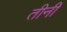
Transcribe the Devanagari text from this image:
तीनी